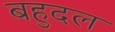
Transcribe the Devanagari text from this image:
बहुदल